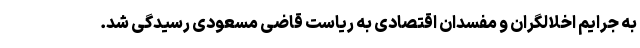
به جرایم اخلالگران و مفسدان اقتصادی به ریاست قاضی مسعودی رسیدگی شد.